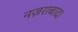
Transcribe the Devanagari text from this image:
नज़राबाद।